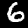
Digit: 6